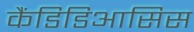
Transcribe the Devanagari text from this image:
कैंडिडिआसिस